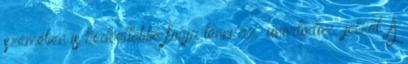
szemében is kedveltebbé fogja tenni az „unortodox” jelzőt. A